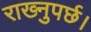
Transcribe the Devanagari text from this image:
राख्नुपर्छ।